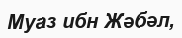
Муаз ибн Жәбәл,